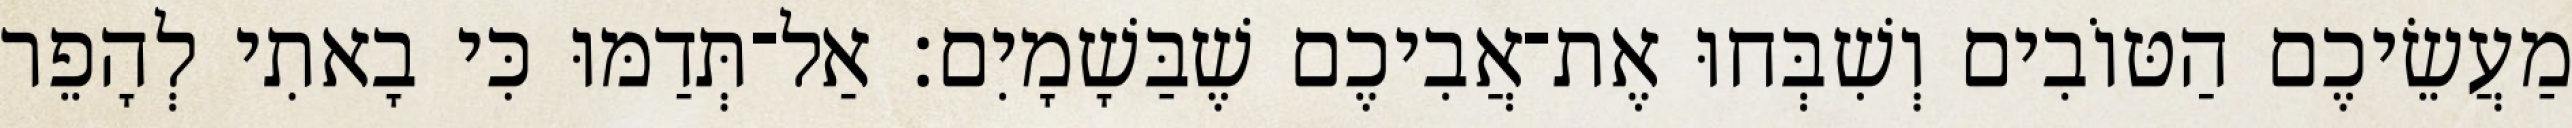
מַעֲשֵׂיכֶם הַטּוֹבִים וְשִׁבְּחוּ אֶת־אֲבִיכֶם שֶׁבַּשָׁמָיִם׃ אַל־תְּדַמּוּ כִּי בָאתִי לְהָפֵר